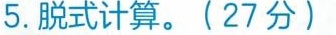
5.脱式计算。（27分）